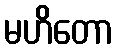
မဟိတော